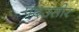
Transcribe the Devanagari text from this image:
पदउसीर